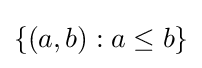
\{(a,b):a\leq b\}